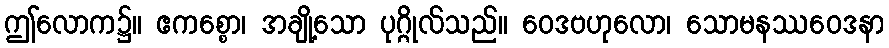
ဤလောက၌။ ဧကစ္စော၊ အချို့သော ပုဂ္ဂိုလ်သည်။ ဝေဒဗဟုလော၊ သောမနဿဝေဒနာ